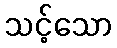
သင့်သော